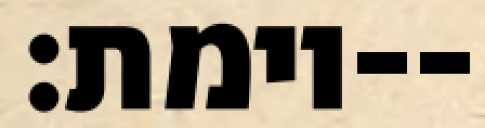
וימת׃--